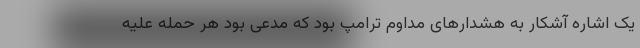
یک اشاره آشکار به هشدارهای مداوم ترامپ بود که مدعی بود هر حمله علیه